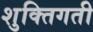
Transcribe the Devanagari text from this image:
शुक्तिगती